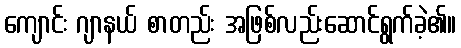
ကျောင်း ဂျာနယ် စာတည်း အဖြစ်လည်းဆောင်ရွက်ခဲ့၏။